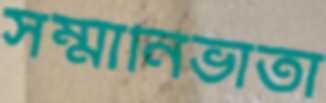
সম্মানিভাতা